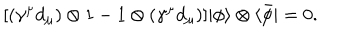
\lbrack ( \gamma ^ { \mu } { d } _ { \mu } ) \otimes 1 - 1 \otimes ( \gamma ^ { \mu } { d } _ { \mu } ) ] | \phi \rangle \otimes \langle \bar { \phi } | = 0 .